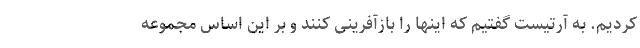
کردیم. به آرتیست گفتیم که اینها را بازآفرینی کنند و بر این اساس مجموعه